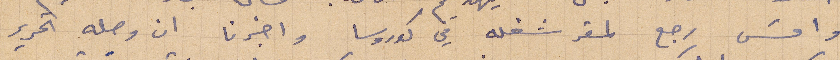
وامس رجع لمقر شغله في كوروسا واخبرنا ان وصله تحرير